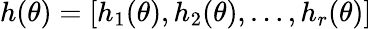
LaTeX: h(\theta)=\left[h_{1}(\theta),h_{2}(\theta),\ldots,h_{r}(\theta)\right]